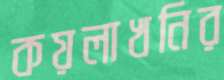
কয়লাখনির